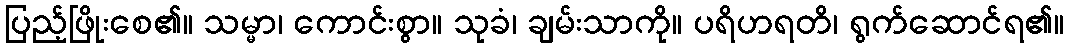
ပြည့်ဖြိုးစေ၏။ သမ္မာ၊ ကောင်းစွာ။ သုခံ၊ ချမ်းသာကို။ ပရိဟရတိ၊ ရွက်ဆောင်ရ၏။